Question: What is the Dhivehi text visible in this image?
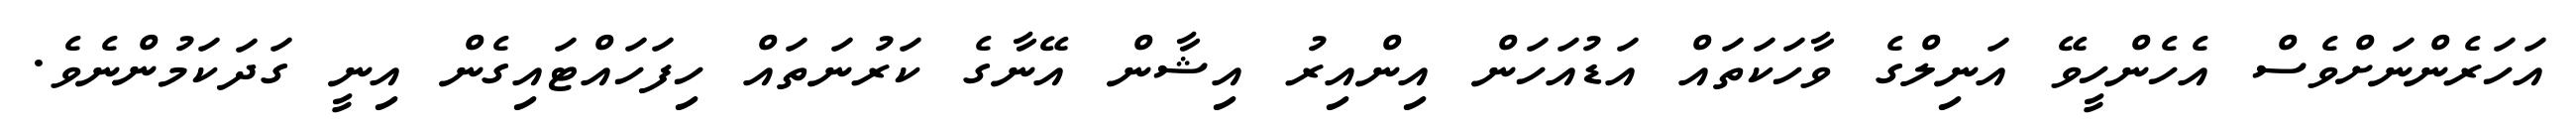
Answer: އަހަރެންނަށްވެސް އެހެންހީވޭ އަނިލްގެ ވާހަކަތައް އަޑުއަހަން އިންއިރު އިޝާން އޭނާގެ ކަރުނަތައް ހިފަހައްޓައިގެން އިނީ ގަދަކަމުންނެވެ.